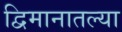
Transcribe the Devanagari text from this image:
द्विमानातल्या